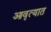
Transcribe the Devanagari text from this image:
आवृत्यात